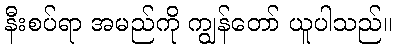
နီးစပ်ရာ အမည်ကို ကျွန်တော် ယူပါသည်။